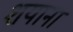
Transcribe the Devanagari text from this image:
शयाना